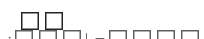
٢٣